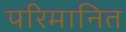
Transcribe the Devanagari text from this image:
परिमानित